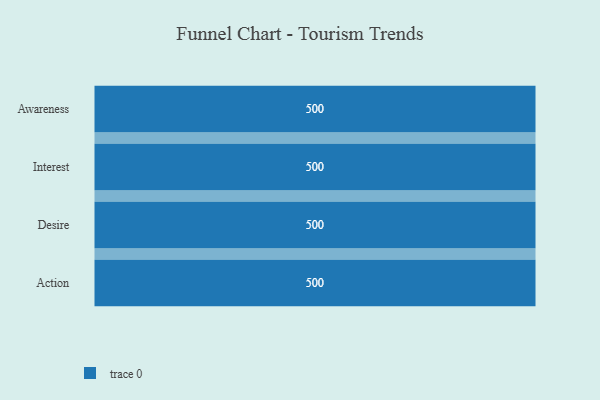
{"axis": {"x": "Stage", "y": "Value"}, "legend": [""], "data": [{"x": "Awareness", "y": 500, "type": ""}, {"x": "Interest", "y": 500, "type": ""}, {"x": "Desire", "y": 500, "type": ""}, {"x": "Action", "y": 500, "type": ""}]}